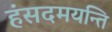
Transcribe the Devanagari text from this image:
हंसदमयन्ति